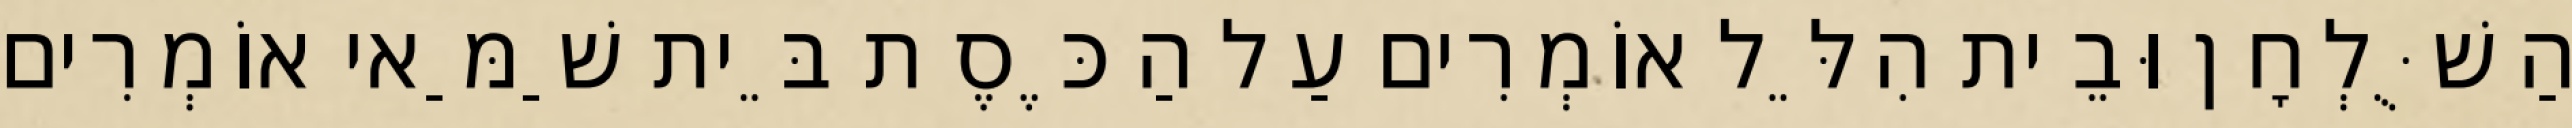
הַשֻּׁלְחָן וּבֵית הִלֵּל אוֹמְרִים עַל הַכֶּסֶת בֵּית שַׁמַּאי אוֹמְרִים